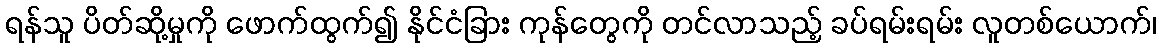
ရန်သူ ပိတ်ဆို့မှုကို ဖောက်ထွက်၍ နိုင်ငံခြား ကုန်တွေကို တင်လာသည့် ခပ်ရမ်းရမ်း လူတစ်ယောက်၊